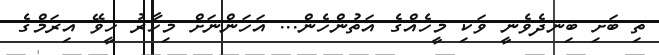
ތި ބަށި ބިނދެވެނީ ވަކި މީހެއްގެ އަތުންހެން... އަހަންނަށް މިހާރު ހީވޭ އިރަމްގެ